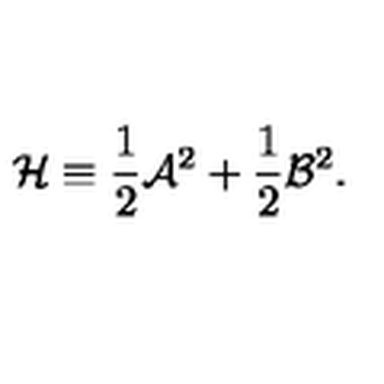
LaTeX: { \cal H } \equiv { \frac { 1 } { 2 } } { \cal A } ^ { 2 } + { \frac { 1 } { 2 } } { \cal B } ^ { 2 } .